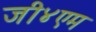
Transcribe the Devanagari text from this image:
जी४एम